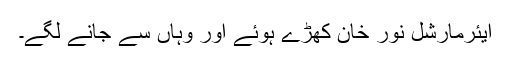
ایئرمارشل نور خان کھڑے ہوئے اور وہاں سے جانے لگے۔